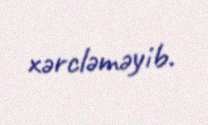
xərcləməyib.